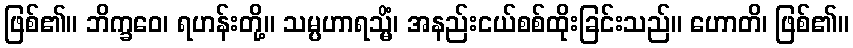
ဖြစ်၏။ ဘိက္ခဝေ၊ ရဟန်းတို့။ သမ္ပဟာရသ္မိံ၊ အနည်းငယ်စစ်ထိုးခြင်းသည်။ ဟောတိ၊ ဖြစ်၏။